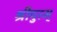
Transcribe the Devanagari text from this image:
श्रीपुरम्